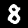
Digit: 8